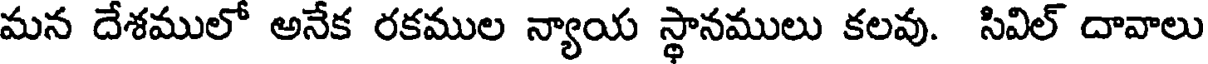
మన దేశములో అనేక రకముల న్యాయ స్థానములు కలవు. సివిల్ దావాలు